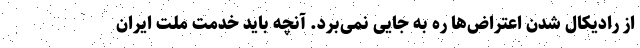
از رادیکال شدن اعتراض‌ها ره به جایی نمی‌برد. آنچه باید خدمت ملت ایران